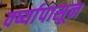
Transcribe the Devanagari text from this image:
वर्ष्यापासून